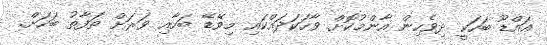
އައްޑޫ ބަހަކީ ދިވެހިން އާންމުކޮށް ވާހަކަދައްކައި މިވޭޑޭ ބަހާއި ވަރަށް ތަފާތު ބަހަށް.